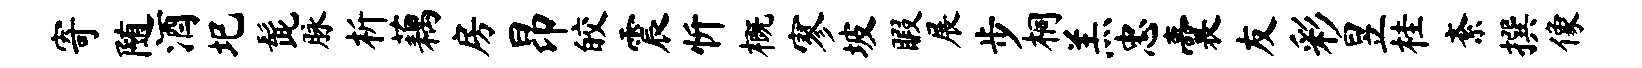
寄随酒圯髭脉析藕房昂皎震忻概寥坡暇展步桐羔忠囊友彩昱桂紊撰像